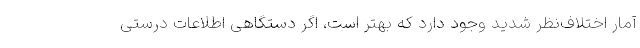
آمار اختلاف‌نظر شدید وجود دارد که بهتر است، اگر دستگاهی اطلاعات درستی